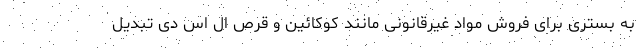
به بستری برای فروش مواد غیرقانونی مانند کوکائین و قرص ال اس دی تبدیل